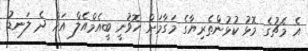
އެ މެޗުގެ މޮޅު ކުޅުންތެރިޔާގެ މަގާމަށް ހޮވުނީ ބީއެމްއެލް އަށް ދެ ލަނޑު